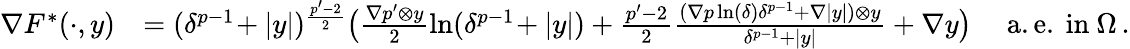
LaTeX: \begin{array}{rl}{\nabla F^{*}(\cdot,y)}&{=(\delta^{p-1}\! +\vert y\vert)^{\frac{p^{\prime}-2}{2}}\big(\frac{\nabla p^{\prime}\otimes y}{2}\ln(\delta^{p-1}\! +\vert y\vert)+\frac{p^{\prime}-2}{2}\frac{(\nabla p\ln(\delta)\delta^{p-1}+\nabla\vert y\vert)\otimes y}{\delta^{p-1}+\vert y\vert}+\nabla y\big)\quad\mathrm{~a.e.\ in~}\Omega\, .}\end{array}